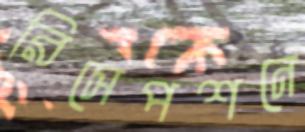
রিসেপশনে